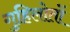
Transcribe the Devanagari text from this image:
गुहिलोतों